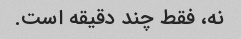
نه، فقط چند دقیقه است.